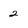
Character: 2